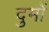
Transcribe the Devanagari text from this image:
दुमों